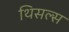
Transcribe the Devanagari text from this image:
थिसल्स